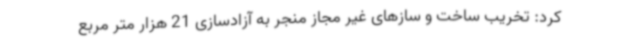
کرد: تخریب ساخت و سازهای غیر مجاز منجر به آزادسازی 21 هزار متر مربع